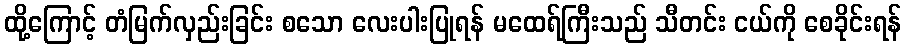
ထို့ကြောင့် တံမြက်လှည်းခြင်း စသော လေးပါးပြုရန် မထေရ်ကြီးသည် သီတင်း ငယ်ကို စေခိုင်းရန်